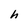
Character: h